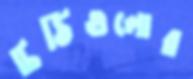
চিঠিগুলোর